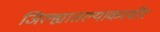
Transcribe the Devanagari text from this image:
जिल्ह्यातल्याकरवीर